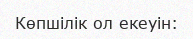
Көпшілік ол екеуін: